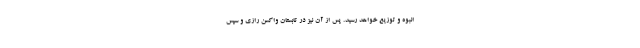
انبوه و توزیع خواهد رسید. پس از آن نیز در تابستان واکسن رازی و سپس